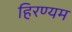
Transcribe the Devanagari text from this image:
हिरण्यम